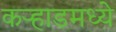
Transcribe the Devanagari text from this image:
कर्‍हाडमध्ये